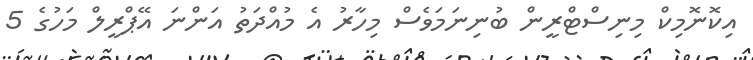
އިކޮނޮމިކް މިނިސްޓްރީން ބުނިނަމަވެސް މިހާރު އެ މުއްދަތު އަންނަ އޭޕްރީލް މަހުގެ 5